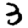
Digit: 3